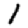
Digit: 1